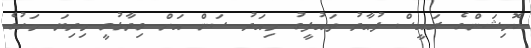
ކޮމިޝަންގެ ރައީސް ފުއާދު ތައުފީގު މިއަދު ސަން އަށް ވިދާޅުވީ މިދިޔަ މަހުގެ